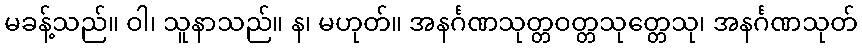
မခန့်သည်။ ဝါ၊ သူနာသည်။ န၊ မဟုတ်။ အနင်္ဂဏသုတ္တဝတ္တသုတ္တေသု၊ အနင်္ဂဏသုတ်